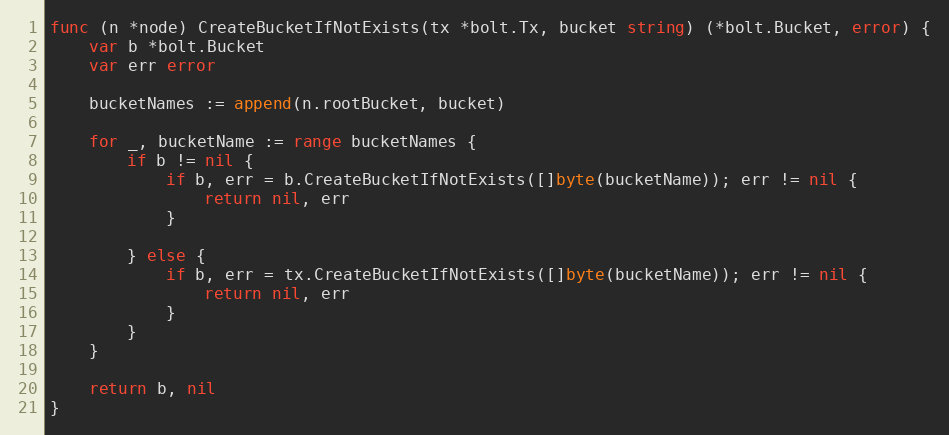
Language: Go
func (n *node) CreateBucketIfNotExists(tx *bolt.Tx, bucket string) (*bolt.Bucket, error) {
	var b *bolt.Bucket
	var err error

	bucketNames := append(n.rootBucket, bucket)

	for _, bucketName := range bucketNames {
		if b != nil {
			if b, err = b.CreateBucketIfNotExists([]byte(bucketName)); err != nil {
				return nil, err
			}

		} else {
			if b, err = tx.CreateBucketIfNotExists([]byte(bucketName)); err != nil {
				return nil, err
			}
		}
	}

	return b, nil
}